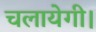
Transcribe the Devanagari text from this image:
चलायेगी।